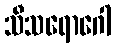
သီသရောဂေါ